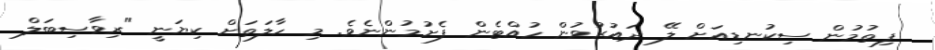
ފިތުމުން ސިކުނޑިއަށް ލޭ ދައުރުވުން ހުއްޓެން ފެށުމުންނެވެ. މި ހާލަތަށް ކިޔަނީ "ރިވާސިބަލް